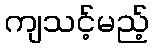
ကျသင့်မည့်